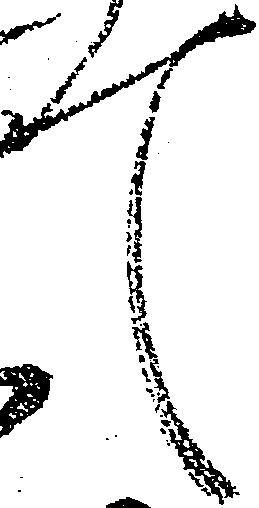
て